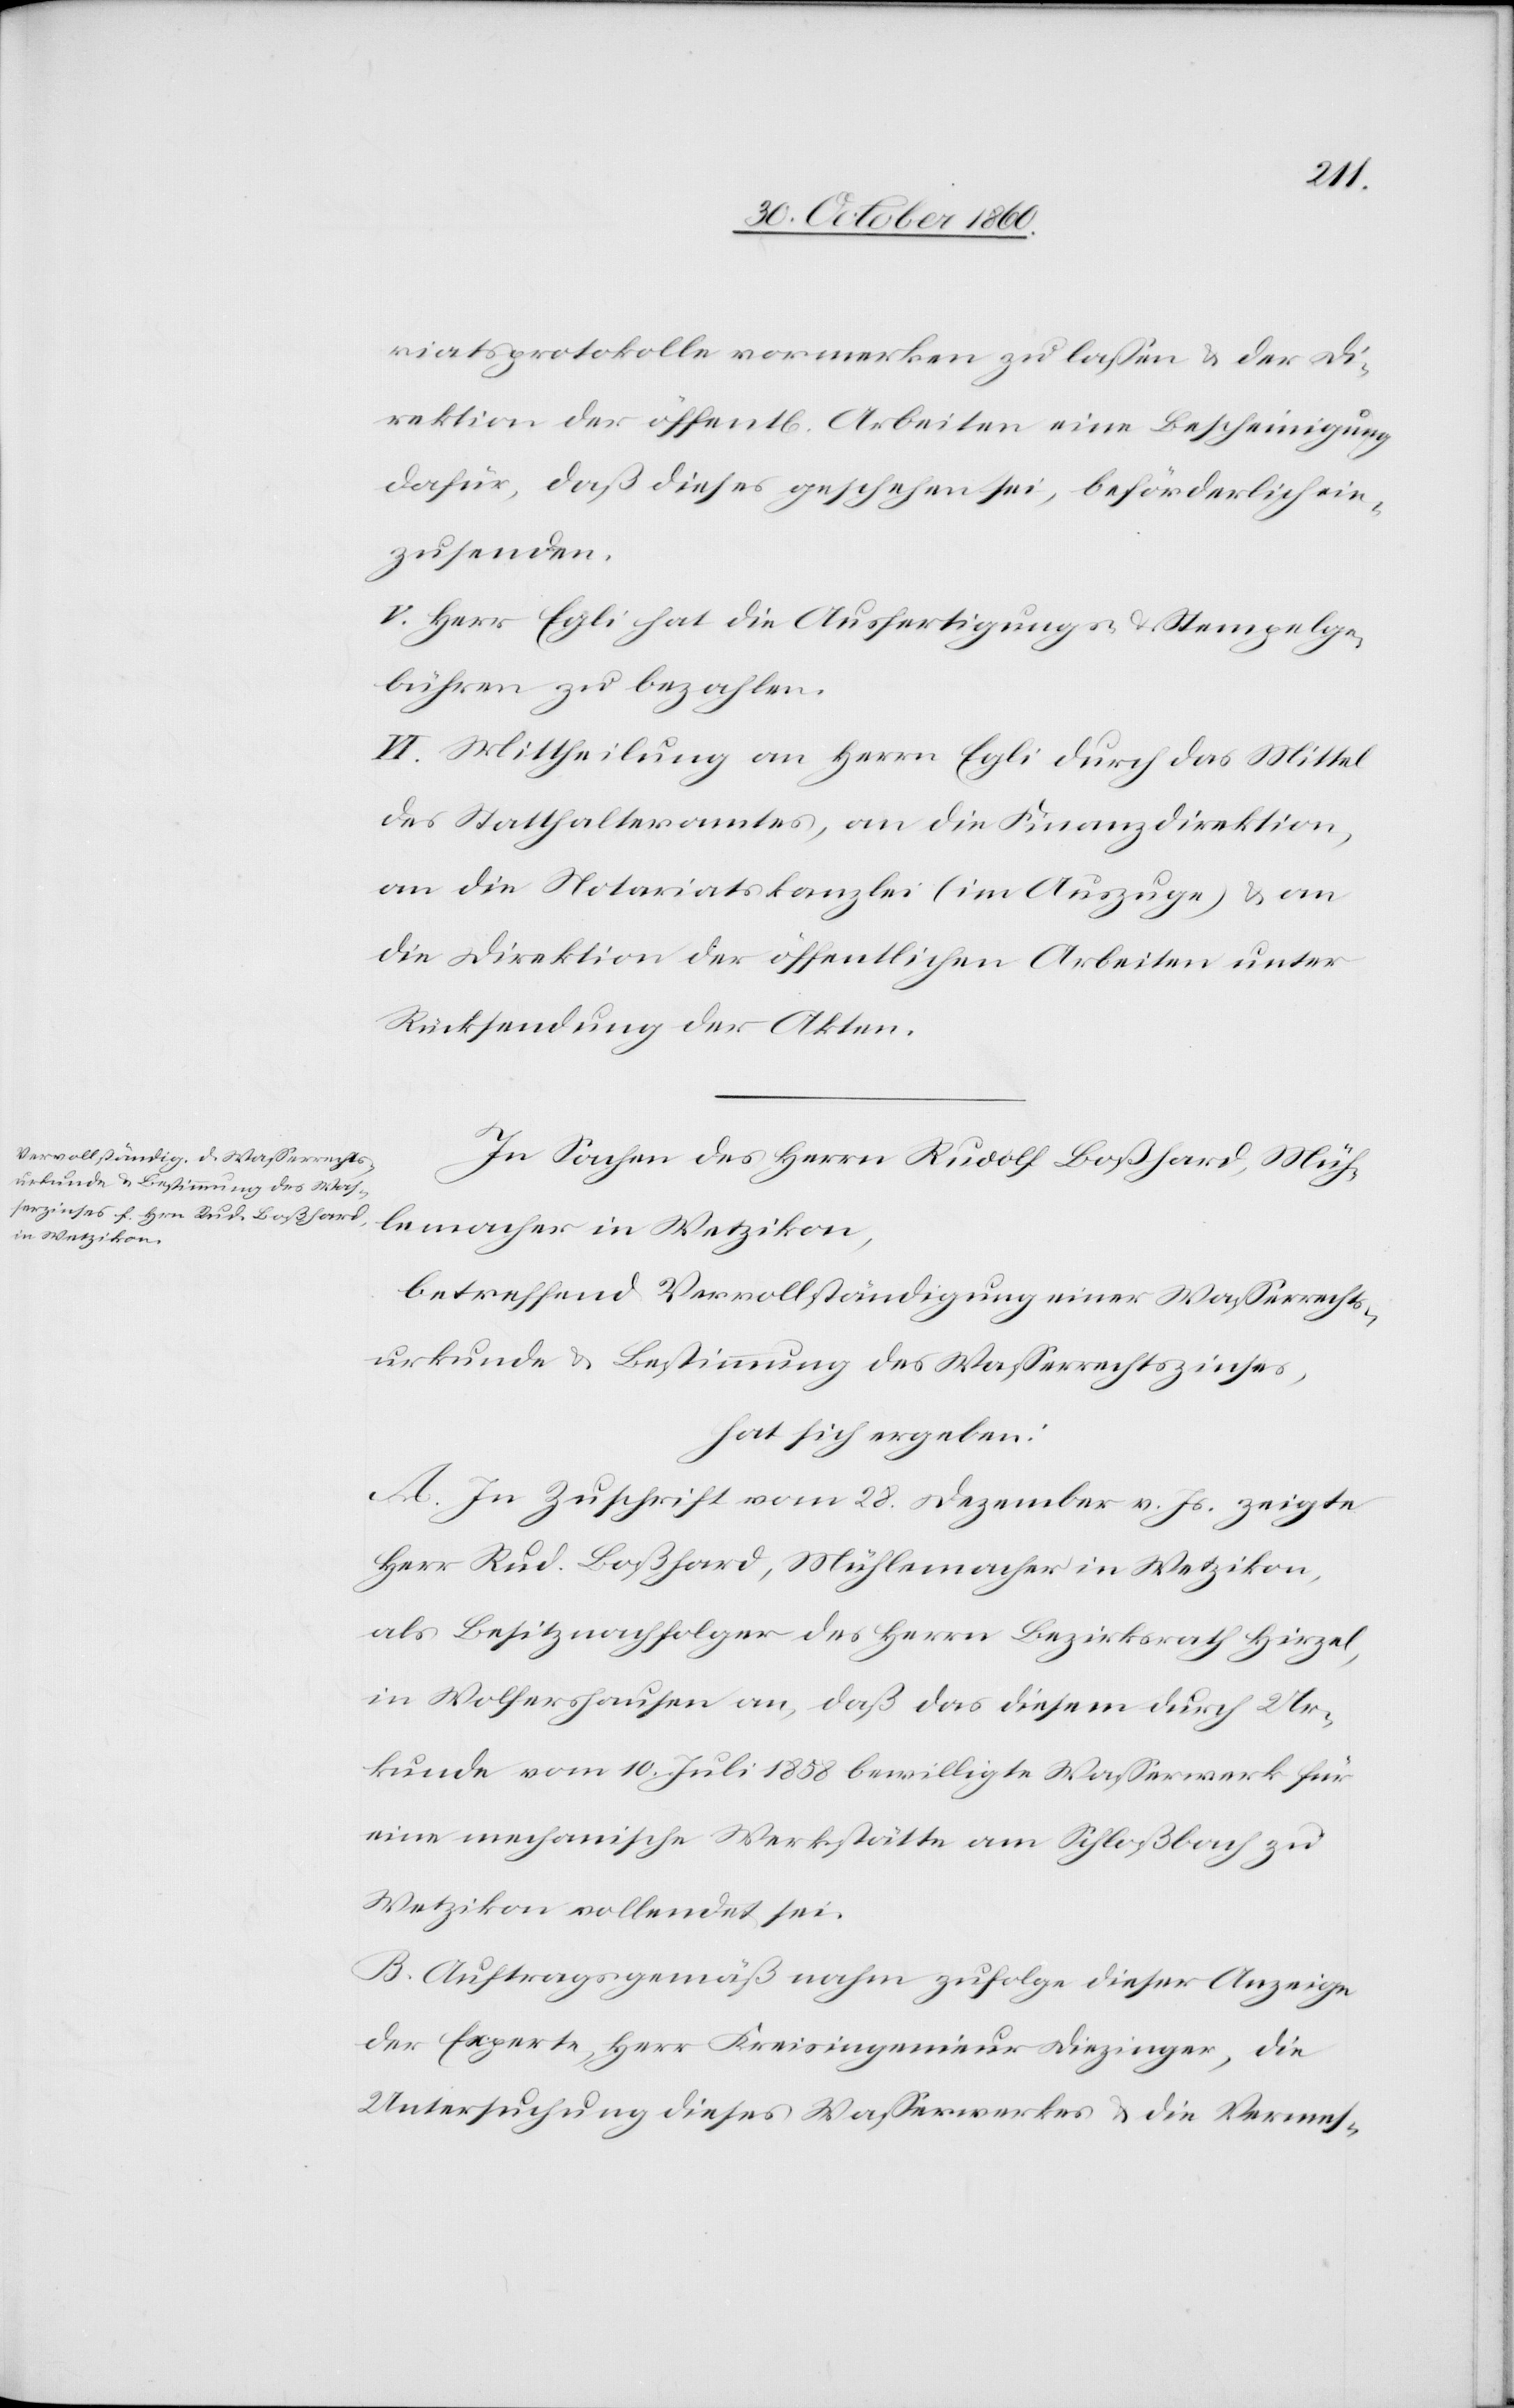
riatsprotokolle vormerken zu lassen u. der Di¬
rektion der öffent[lichen] Arbeiten eine Bescheinigung
dafür, daß dieses geschehen sei, beförderlich ein¬
zusenden.
V: Herr Egli hat die Ausfertigungs- u. Stempelge¬
bühren zu bezahlen.
VI. Mittheilung an Herrn Egli durch das Mittel
des Statthalteramtes, an die Finanzdirektion,
an die Notariatskanzlei (im Auszuge) u. an
die Direktion der öffentlichen Arbeiten unter
Rücksendung der Akten.
In Sachen des Herrn Rudolf Boßhard, Müh¬
lemacher in Wetzikon,
betreffend Vervollständigung einer Wasserrechts¬
urkunde u. Bestimmung des Wasserrechtszinses,
hat sich ergeben:
A. In Zuschrift vom 28. Dezember v. Js. zeigte
Herr Rud. Boßhard, Mühlemacher in Wetzikon,
als Besitznachfolger des Herrn Bezirksrath Hirzel,
in Wolfershausen an, daß das diesem durch Ur¬
kunde vom 10. Juli 1858 bewilligte Wasserwerk für
eine mechanische Werkstätte am Schloßbach zu
Wetzikon vollendet sei.
B. Auftragsgemäß nahm zufolge dieser Anzeige
der Experte, Herr Kreisingenieur Diezinger, die
Untersuchung dieses Wasserwerkes u. die Vermes-